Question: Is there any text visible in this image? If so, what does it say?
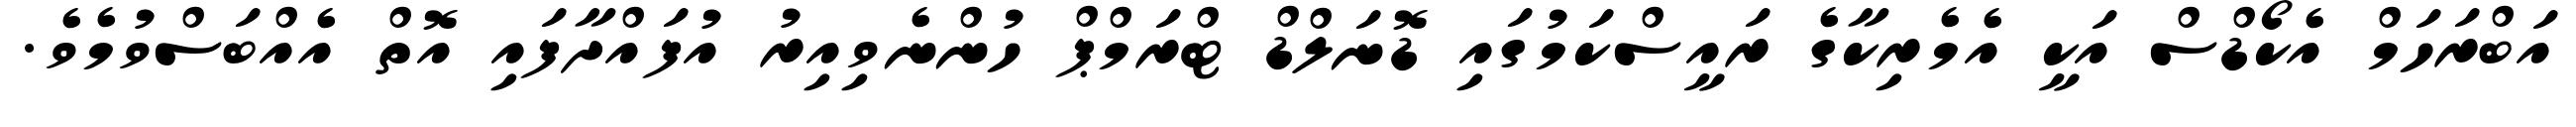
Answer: އަބްރަހަމް އެކޯޑްސް އަކީ އެމެރިކާގެ ރައީސްކަމުގައި ޑޮނަލްޑް ޓްރަމްޕް ހުންނެވިއިރު އުފައްދާފައި އޮތް އެއްބަސްވުމެވެ.